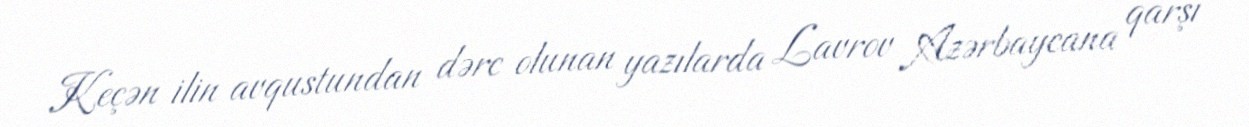
Keçən ilin avqustundan dərc olunan yazılarda Lavrov Azərbaycana qarşı